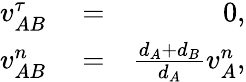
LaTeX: \begin{array}{rlr}{v_{AB}^{\tau}}&{{}=}&{0,}\\ {v_{AB}^{n}}&{{}=}&{\frac{d_{A}+d_{B}}{d_{A}}v_{A}^{n},}\end{array}